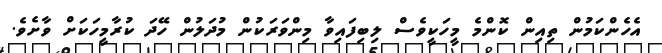
އެހެންކަމުން ތިއިން ކޮންމެ މީހަކީވެސް ލިބިފައިވާ މިންވަރަކުން މުދަލުން ހޭދަ ކުރާމީހަކަށް ވާށެވެ.